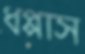
ধপ্পাস